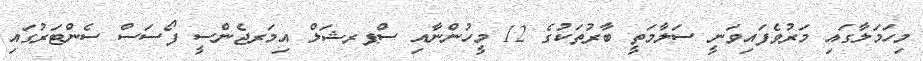
މިހަމަލާގައި މަރުވެފައިވަނީ ސަލާމަތީ ބާރުތަކުގެ 12 މީހުންނާއި ސްޕރޝަލް އިމަރޖެންސީ ފޯސަސް ސެންޓަރުގައި